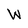
Character: W